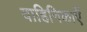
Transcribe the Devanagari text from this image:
वाहिनिकाएँ